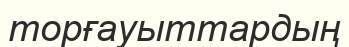
торғауыттардың